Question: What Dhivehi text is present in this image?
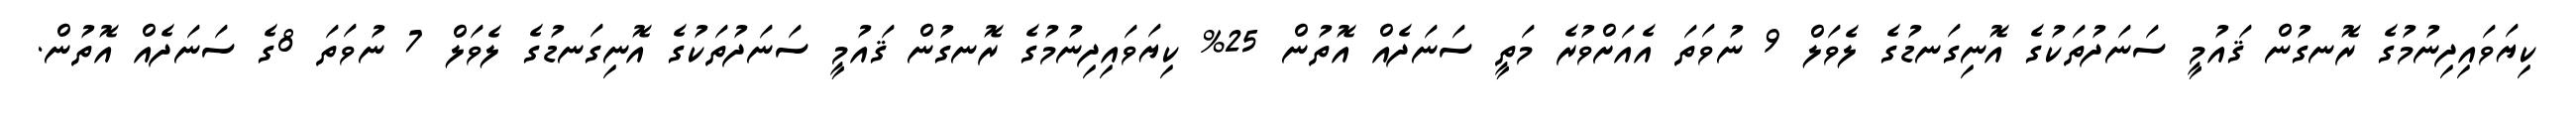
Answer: ކިޔަވައިދިނުމުގެ ރޮނގުން ޤައުމީ ސަނަދުތަކުގެ އޮނިގަނޑުގެ ލެވަލް 9 ނުވަތަ އެއަށްވުރެ މަތީ ސަނަދެއް އޮތުން 25% ކިޔަވައިދިނުމުގެ ރޮނގުން ޤައުމީ ސަނަދުތަކުގެ އޮނިގަނޑުގެ ލެވަލް 7 ނުވަތަ 8ގެ ސަނަދެއް އޮތުން.